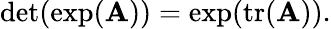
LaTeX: \operatorname*{det}(\exp(\mathbf{A}))=\exp(\operatorname{tr}(\mathbf{A})).